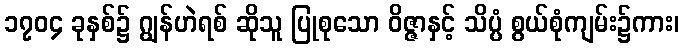
၁၇၀၄ ခုနှစ်၌ ဂျွန်ဟဲရစ် ဆိုသူ ပြုစုသော ဝိဇ္ဇာနှင့် သိပ္ပံ စွယ်စုံကျမ်း၌ကား၊